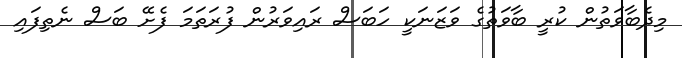
މިދެބާވަތުން ކުރީ ބާވަތުގެ ވަޒަނަކީ ހަބަސް ރައިވަރުން ފުރަތަމަ ފެށޭ ބަސް ނެތިފައި